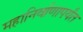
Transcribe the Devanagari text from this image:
महानिर्वाणापर्यंत